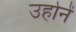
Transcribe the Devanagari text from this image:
उहोनें